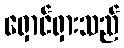
ရှောင်ရှားသည်